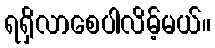
ရရှိလာစေပါလိမ့်မယ်။